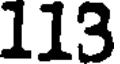
113